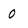
Character: 0